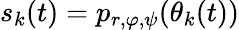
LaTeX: s_{k}(t)=p_{r,\varphi,\psi}(\theta_{k}(t))